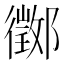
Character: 𨟃